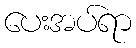
ပေးအပ်ရာ